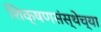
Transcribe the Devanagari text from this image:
शिक्षणसंस्थेच्या